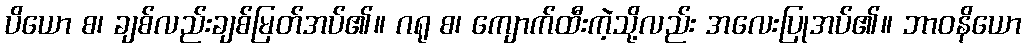
ပိယော စ၊ ချစ်လည်းချစ်မြတ်အပ်၏။ ဂရု စ၊ ကျောက်ထီးကဲ့သို့လည်း အလေးပြုအပ်၏။ ဘာဝနိယော